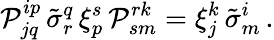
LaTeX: {\cal P}_{jq}^{ip}\, \tilde{\sigma}_{r}^{q}\, \xi_{p}^{s}\, {\cal P}_{sm}^{rk}=\xi_{j}^{k}\, \tilde{\sigma}_{m}^{i}\, .